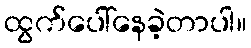
ထွက်ပေါ်နေခဲ့တာပါ။